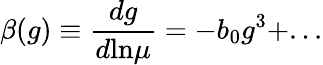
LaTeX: \beta(g)\equiv\frac{dg}{d\mathrm{ln}\mu}=-b_{0}g^{3}+...